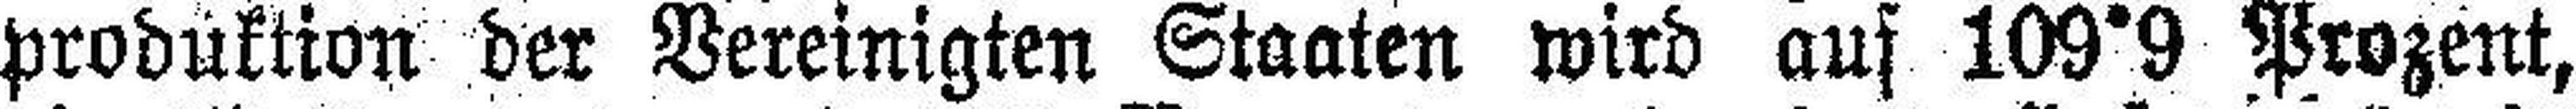
produktion der Vereinigten Staaten wird auf 109°9 Prozent,